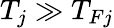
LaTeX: T_{j}\gg T_{Fj}